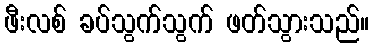
ဖီးလစ် ခပ်သွက်သွက် ဖတ်သွားသည်။